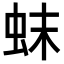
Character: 𬟼